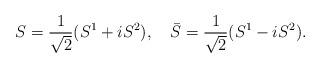
LaTeX: \begin{align*}S=\frac{1}{\sqrt{2}}(S^1+iS^2),\quad \bar S=\frac{1}{\sqrt{2}}(S^1-iS^2).\end{align*}